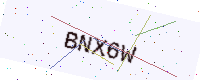
Text: BNX6W